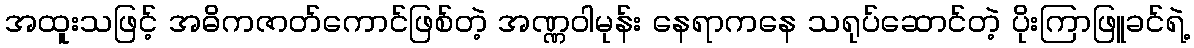
အထူးသဖြင့် အဓိကဇာတ်ကောင်ဖြစ်တဲ့ အဏ္ဏဝါမုန်း နေရာကနေ သရုပ်ဆောင်တဲ့ ပိုးကြာဖြူခင်ရဲ့